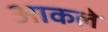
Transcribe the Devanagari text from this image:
आकले